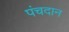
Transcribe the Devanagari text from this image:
पंचदान